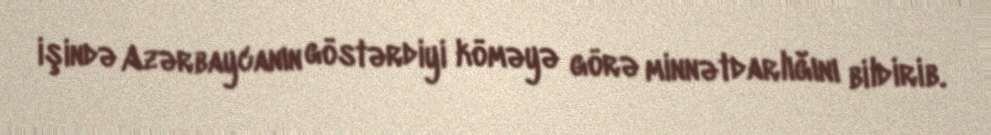
işində Azərbaycanın göstərdiyi köməyə görə minnətdarlığını bildirib.